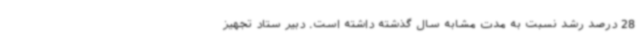
28 درصد رشد نسبت به مدت مشابه سال گذشته داشته است. دبیر ستاد تجهیز